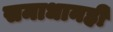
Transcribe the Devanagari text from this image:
समाधानही